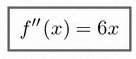
f''(x)=6x